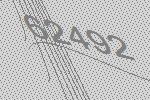
62492